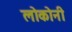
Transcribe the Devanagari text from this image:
लोकोनी